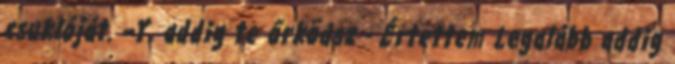
csuklóját. –Y, addig te őrködsz - Értettem Legalább addig